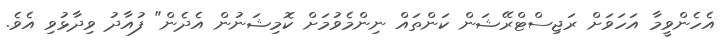
އެހެންވީމާ އަހަވަށް ރަޖިސްޓްރޭޝަން ކަންތައް ނިންމެވުމަށް ކޮމިޝަނުން އެދެން" ފުއާދު ވިދާޅުވި އެވެ.